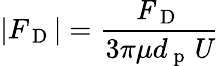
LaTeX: \left|F_{\mathrm{~D~}}\right|=\frac{\textbf{\textit{F}}_{\mathrm{~D~}}}{3\pi\mu d_{\mathrm{~p~}}\textbf{\textit{U}}}